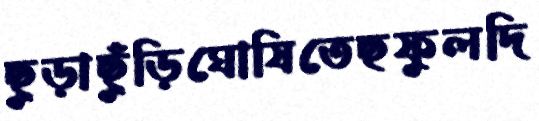
ছুড়াছুঁড়িঘোষিতেছফুলদি